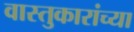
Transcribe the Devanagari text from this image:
वास्तुकारांच्या